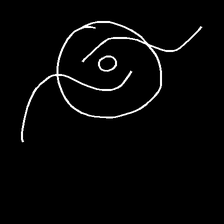
Glyph: repetition